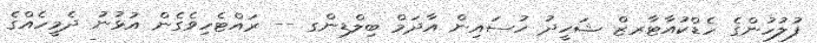
ފުލުހުންގެ ހެޑްކުއާޓާރޒް ޝަހީދު ހުސައިން އާދަމް ބިލްޑިންގ -- ރައްޓެހިވެގެން އުޅުނު ދެމީހެއްގެ